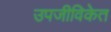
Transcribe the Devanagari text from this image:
उपजीविकेत